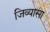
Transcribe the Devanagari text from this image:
जिव्यासा